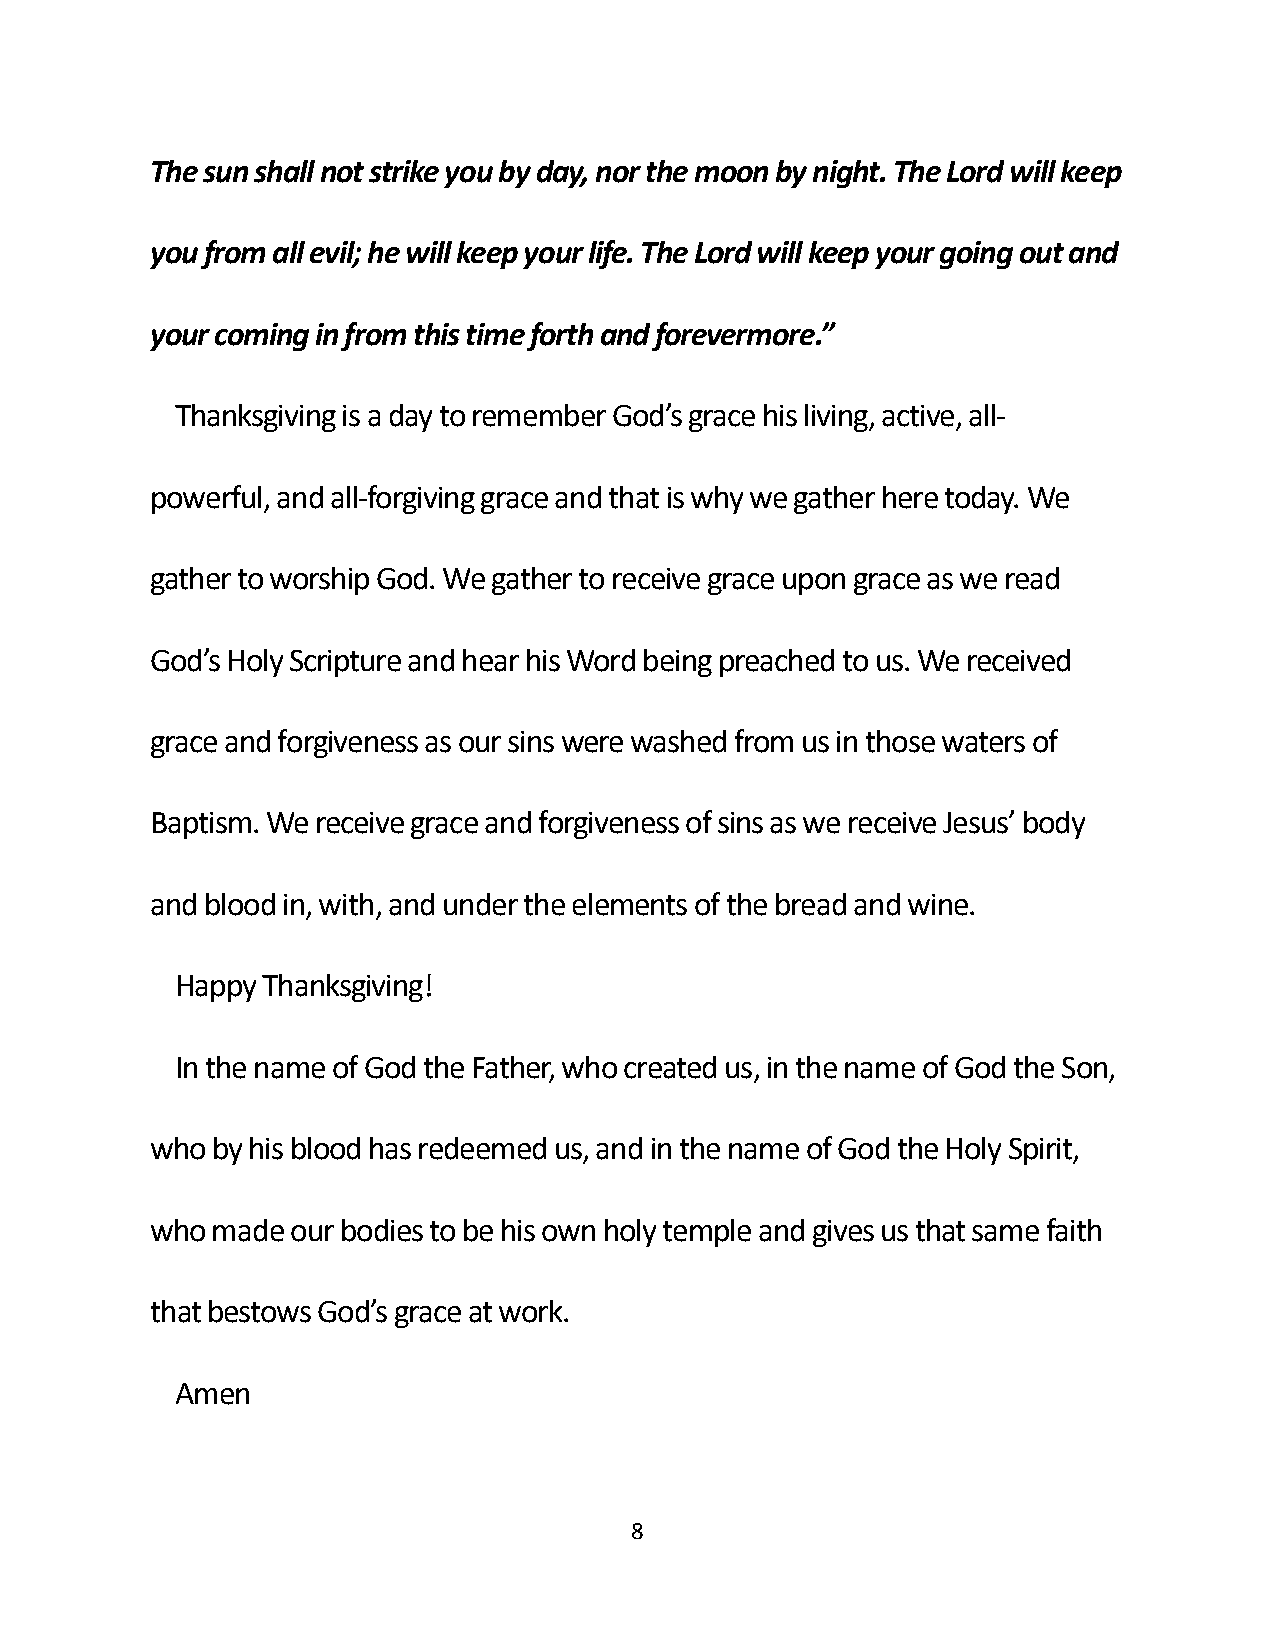
The sun shall not strike you by day, nor the moon by night. The Lord will keep
 you from all evil; he will keep your life. The Lord will keep your going out and
 your coming in from this time forth and forevermore.”
 Thanksgiving is a day to remember God’s grace his living, active, all-
 powerful, and all-forgiving grace and that is why we gather here today. We
 gather to worship God. We gather to receive grace upon grace as we read
 God’s Holy Scripture and hear his Word being preached to us. We received
 grace and forgiveness as our sins were washed from us in those waters of
 Baptism. We receive grace and forgiveness of sins as we receive Jesus’ body
 and blood in, with, and under the elements of the bread and wine.
 Happy Thanksgiving!
 In the name of God the Father, who created us, in the name of God the Son,
 who by his blood has redeemed us, and in the name of God the Holy Spirit,
 who made our bodies to be his own holy temple and gives us that same faith
 that bestows God’s grace at work.
 Amen
 8